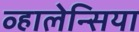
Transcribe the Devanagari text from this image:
व्हालेन्सिया